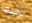
ترتيبها